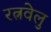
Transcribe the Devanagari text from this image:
रत्नवेलु